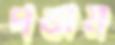
পতাম